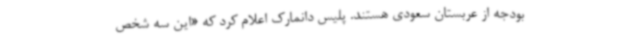
بودجه از عربستان سعودی هستند. پلیس دانمارک اعلام کرد که «این سه شخص